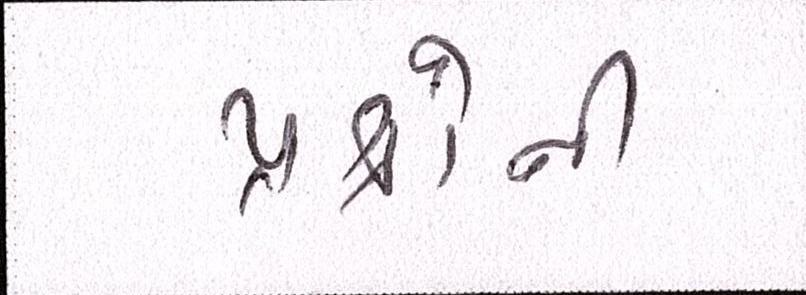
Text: પ્રશ્નોની